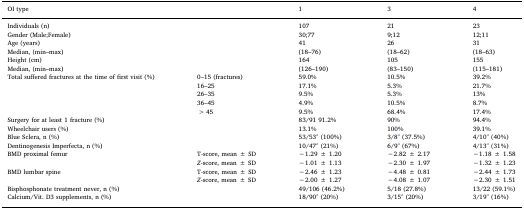
| <COLSPAN=2> OI type | 1 | 3 | 4 |
 | --- | --- | --- | --- | --- |
 | <COLSPAN=2> Individuals (n) | 107 | 21 | 23 |
 | <COLSPAN=2> Gender (Male;Female) | 30;77 | 9;12 | 12;11 |
 | <COLSPAN=2> Age (years) | 41 | 26 | 31 |
 | <COLSPAN=2> Median, (min–max) | (18–76) | (18–62) | (18–63) |
 | <COLSPAN=2> Height (cm) | 164 | 105 | 155 |
 | <COLSPAN=2> Median, (min–max) | (126–190) | (83–150) | (115–181) |
 | <ROWSPAN=5> Total suffered fractures at the time of first visit (%) | 0–15 (fractures) | 59.0% | 10.5% | 39.2% |
 | 16–25 | 17.1% | 5.3% | 21.7% |
 | 26–35 | 9.5% | 5.3% | 13% |
 | 36–45 | 4.9% | 10.5% | 8.7% |
 | >45 | 9.5% | 68.4% | 17.4% |
 | <COLSPAN=2> Surgery for at least 1 fracture (%) | 83/91 91.2% | 90% | 94.4% |
 | <COLSPAN=2> Wheelchair users (%) | 13.1% | 100% | 39.1% |
 | <COLSPAN=2> Blue Sclera, n (%) | 53/53a (100%) | 3/8a (37.5%) | 4/10a (40%) |
 | <COLSPAN=2> Dentinogenesis Imperfecta, n (%) | 10/47a (21%) | 6/9a (67%) | 4/13a (31%) |
 | <ROWSPAN=2> BMD proximal femur | T-score, mean ± SD | −1.29 ± 1.20 | −2.82 ± 2.17 | −1.18 ± 1.58 |
 | Z-score, mean ± SD | −1.01 ± 1.13 | −2.30 ± 1.97 | −1.32 ± 1.23 |
 | <ROWSPAN=2> BMD lumbar spine | T-score, mean ± SD | −2.46 ± 1.23 | −4.48 ± 0.81 | −2.44 ± 1.73 |
 | Z-score, mean ± SD | −2.00 ± 1.27 | −4.08 ± 1.07 | −2.30 ± 1.51 |
 | <COLSPAN=2> Bisphosphonate treatment never, n (%) | 49/106 (46.2%) | 5/18 (27.8%) | 13/22 (59.1%) |
 | <COLSPAN=2> Calcium/Vit. D3 supplements, n (%) | 18/90a (20%) | 3/15a (20%) | 3/19a (16%) |